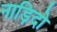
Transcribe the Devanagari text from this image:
नाड़िदो